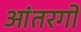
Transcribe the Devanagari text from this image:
आंतरगों